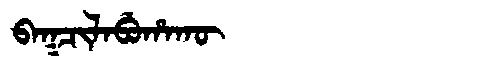
Manchu: ᠪᠠᡴᠴᡳᠯᠠᠪᡠᡥᠠᡴᡡ
Romanization: BAKCILABUHAKŪ